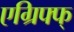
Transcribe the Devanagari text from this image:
एग्रिफ्फ्